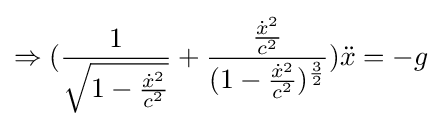
\Rightarrow ({\frac {1}{\sqrt {1-{\frac {{\dot {x}}^{2}}{c^{2}}}}}}+{\frac {\frac {{\dot {x}}^{2}}{c^{2}}}{(1-{\frac {{\dot {x}}^{2}}{c^{2}}})^{\frac {3}{2}}}}){\ddot {x}}=-g